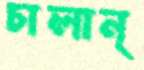
চালান্‌